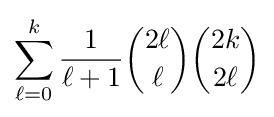
\sum _{\ell =0}^{k}{\frac {1}{\ell +1}}{\binom {2\ell }{\ell }}{\binom {2k}{2\ell }}